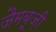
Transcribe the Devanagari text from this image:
जैमबूज़ी